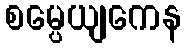
စမ္ပေယျကေန